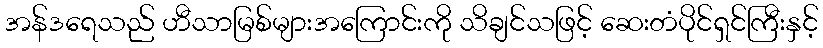
အန်ဒရေသည် ဟီသာမြစ်များအကြောင်းကို သိချင်သဖြင့် ဆေးတံပိုင်ရှင်ကြီးနှင့်